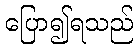
ပြော၍ရသည်